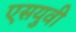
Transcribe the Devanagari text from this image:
एसयुवी